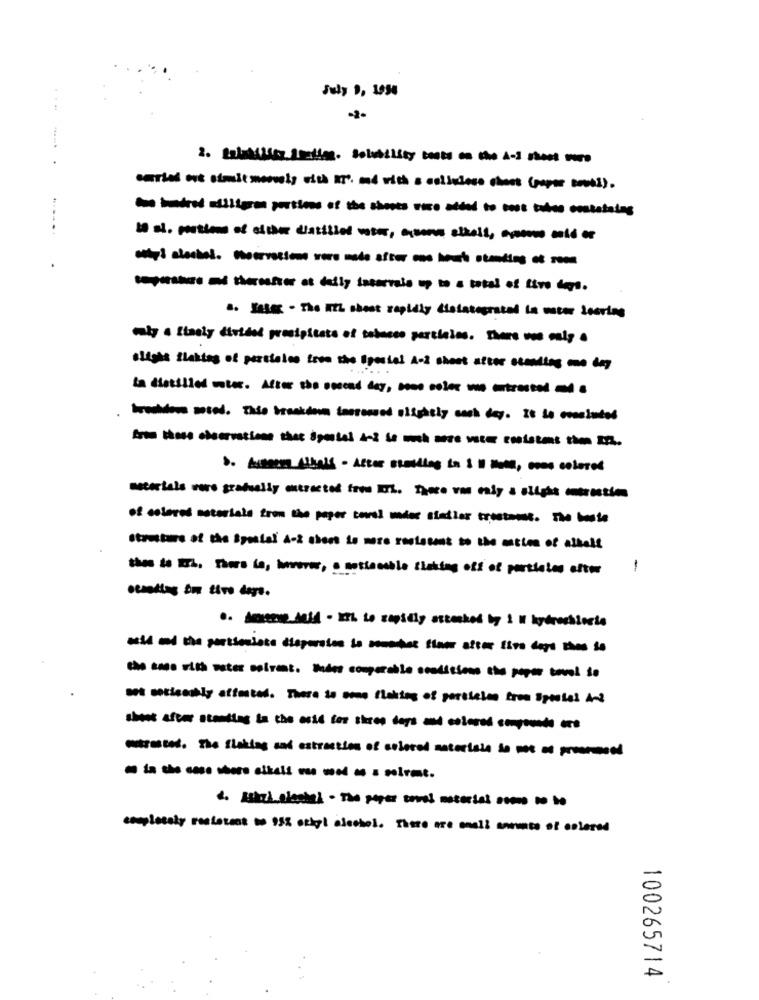
July 9, 1950
...
Il al. portion of either diatibial wier, anna elkell, como cold or
.
.. Kim - The with chest rapidly disintegrated in water leaving
slight flaking of persiaice from the Special Acl shoot attor standing me day
trwidow posed. This broekdem imorowned slightly each day. It do concluded
meterials ware gradually attracted from ich. there von only a slight contraction
of colored materials from the paper towel under stadier trostom. The beste
Structure of the Spesial A-2 shoes to more restasent to the mitten of alkelt
thes le Ish, There is, imrever, o notiamoble ficking off of particles after
1
occoding om five days.
mi md the partionista dispersion is somotor Since stem tiva dara rama se
the man with water solvent, thème comporable conditions the peper boval se
bot socicookly affected. There to sono flaking of persiaime from Spesial And
outrascod. The staking and extraction of colorad materials ho parl
----- - kli - - - : noiret.
completely reslouis a 95% orkyl alcohol. There are mall anoate of colored
100265714